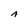
Character: A